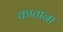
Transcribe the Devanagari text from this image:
काताना